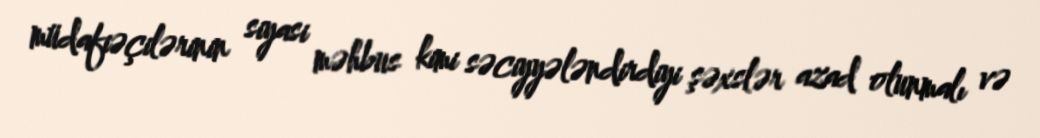
müdafiəçilərinin siyasi məhbus kimi səciyyələndirdiyi şəxslər azad olunmalı və